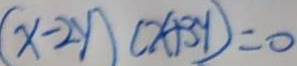
( x - 2 y ) ( x + 3 y ) = 0